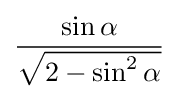
{\frac {\sin \alpha }{\sqrt {2-\sin ^{2}\alpha }}}